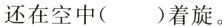
还在空中( )着旋。